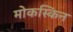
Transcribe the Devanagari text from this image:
मोकस्किन